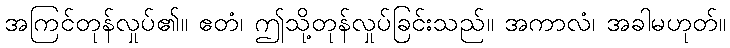
အကြင်တုန်လှုပ်၏။ ဧတံ၊ ဤသို့တုန်လှုပ်ခြင်းသည်။ အကာလံ၊ အခါမဟုတ်။